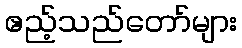
ဧည့်သည်တော်များ